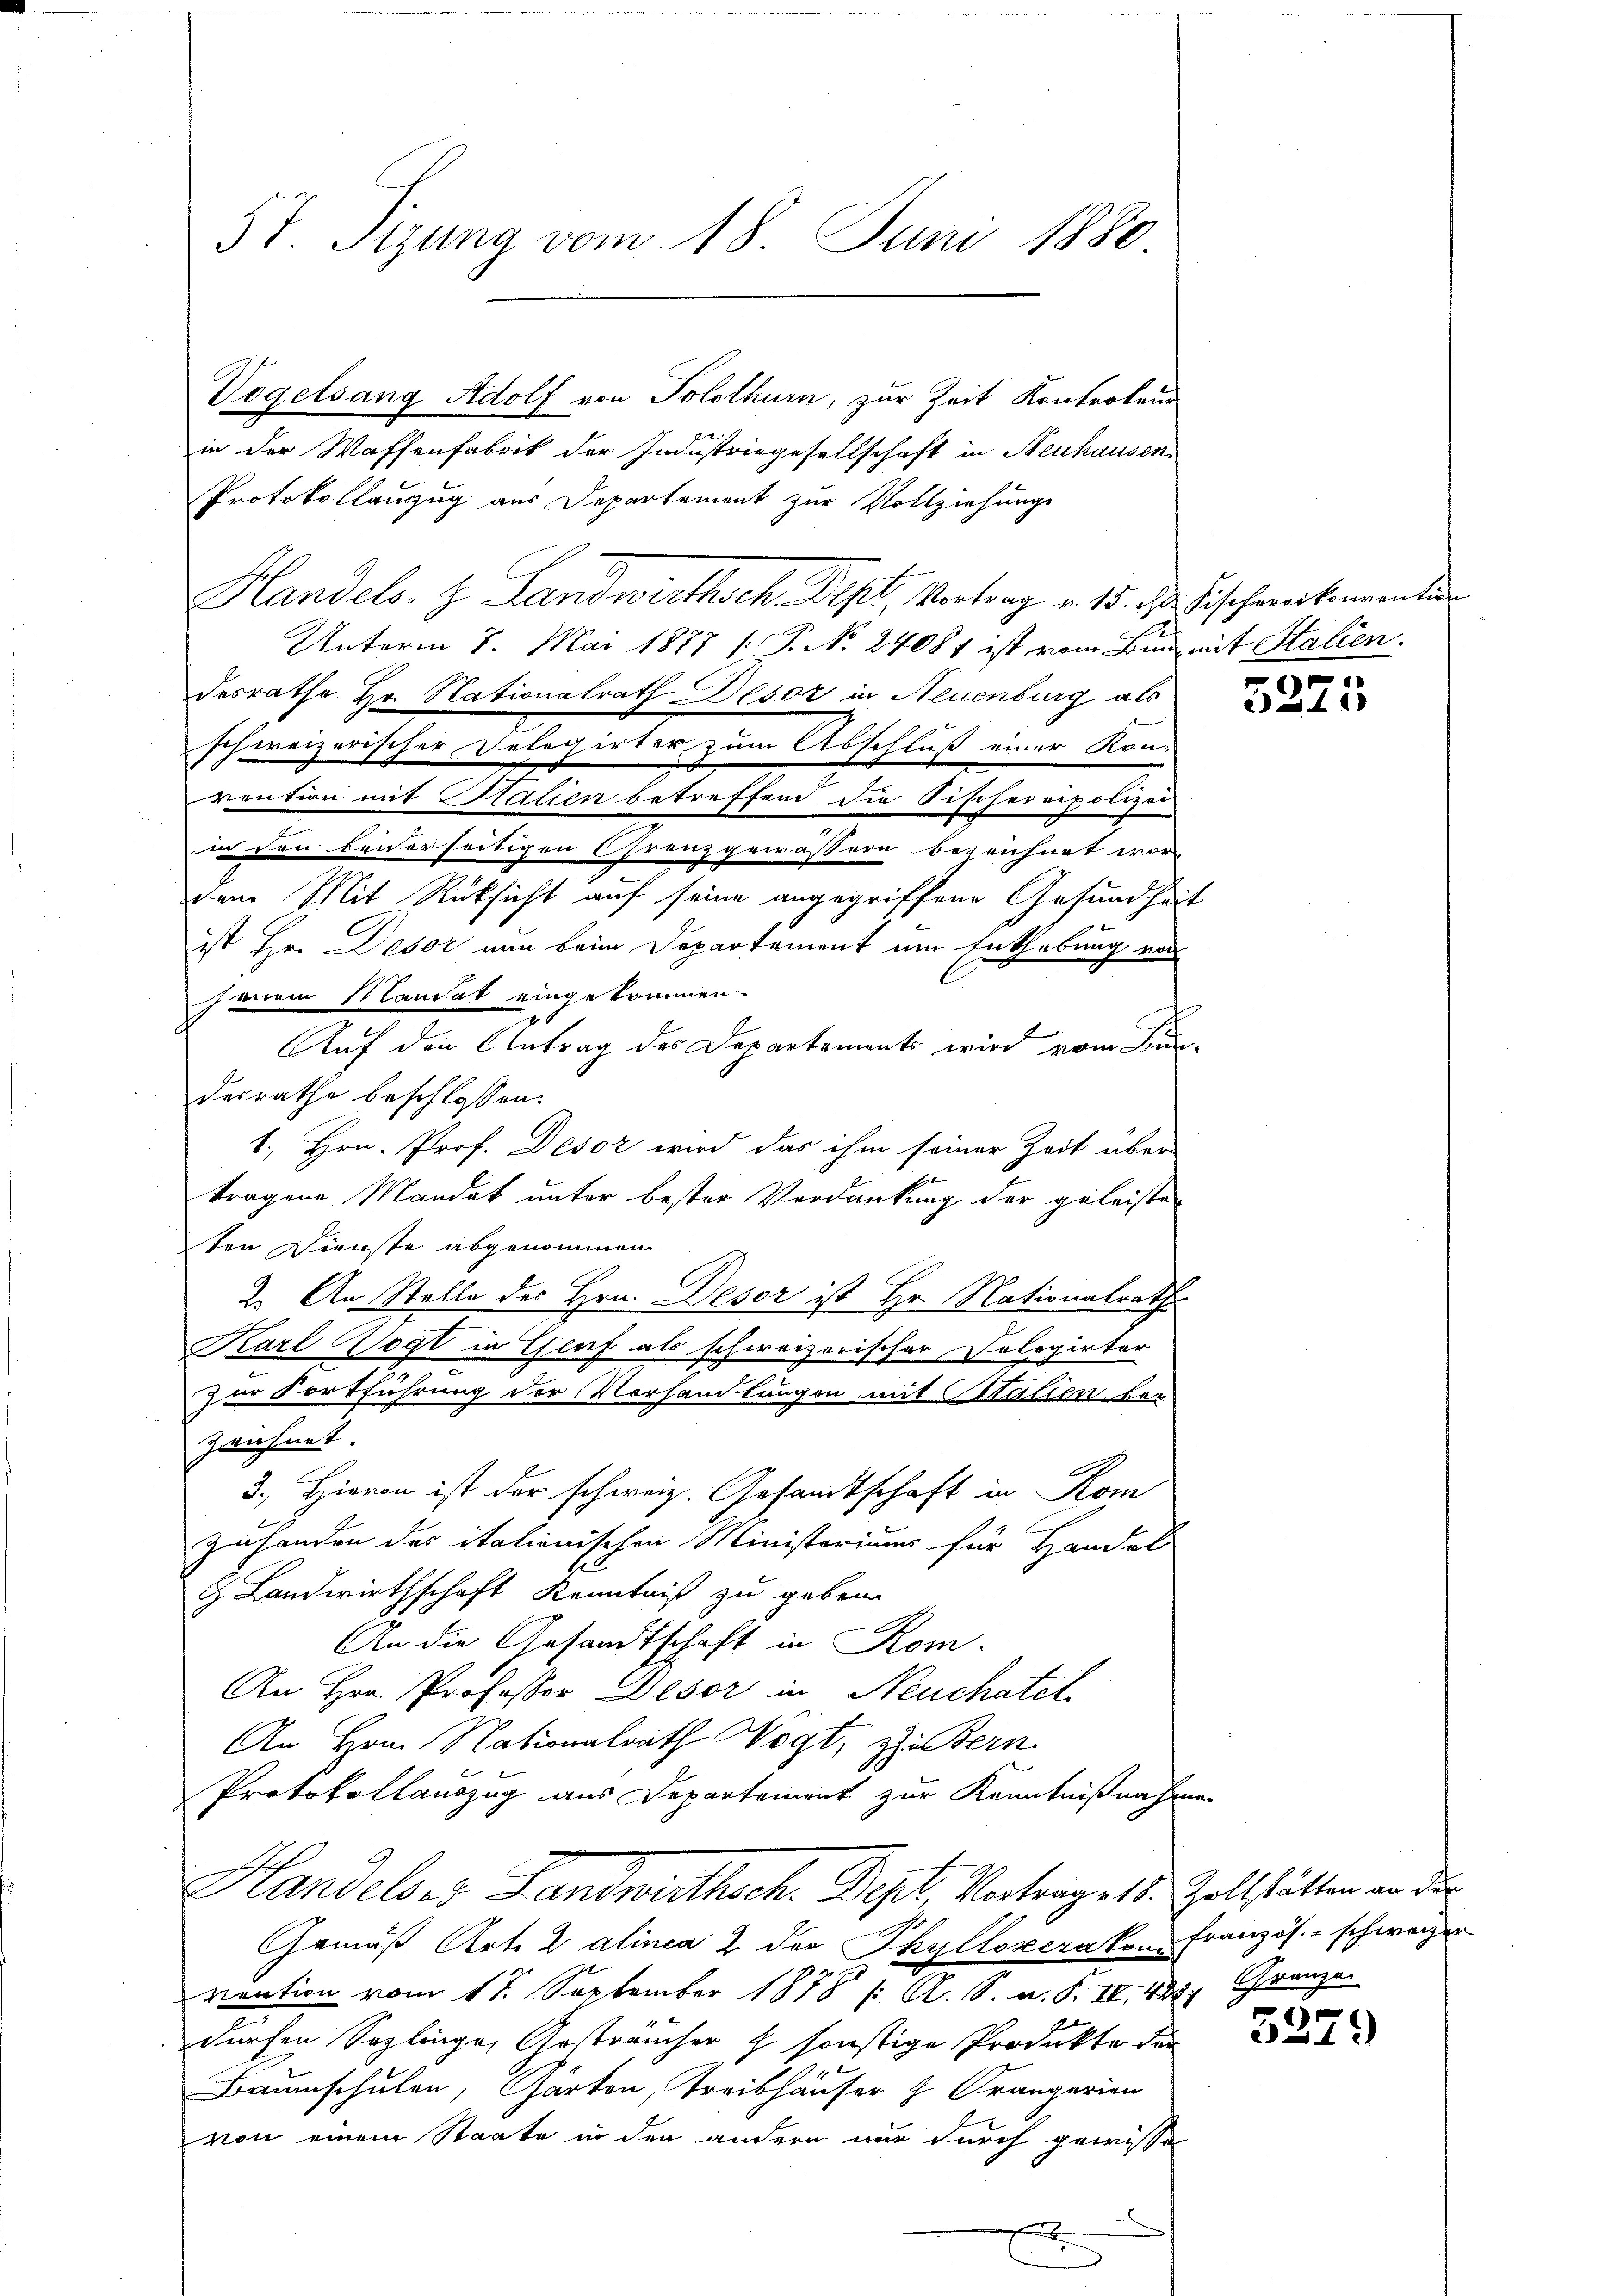
5t. Sizung vom 18. Juni 1880.

in der Waffenfabrik der Industriegesellschaft in Neuhausen
Protokollanzug aus Departement zur Vollziehungs
Handels- & Landwirthsch. Dept, Vortrag v. 15. d. Fischereikommenten
Unterm 8. Mai 1877 (T. No 24081 ist vom Bund mit Stalien.
desrathe Hr. Nationalrath Desor in Neuenburg als
schweizerischer Delegirter zum Abschluß einer Kon-
rention mit Stalien betreffend die Fischereipolizei
in den beiderseitigen Grenzgewässern bezeichnet wor-
dem Mit Rüksicht auf seine angegriffene Gesundheit
ist Hr. Deser nun beim Departement um Enthebung von
jenem Mandat eingekommen
Auf den Antrag des Departements wird vom Bundesrathe beschlossen:
1., Hrn. Prof. Desor wird das ihm seiner Zeit über
tragene Mandak unter bester Verdankung der geleiste-
ten Dienste abgenommen
2. An Stelle des Hrn. Deser ist Hr. Nationalrath
Karl Vogt in Glaf als schweizerischer Cologirter
zur Fortführung der Vorsamlungen mit Stalien von
zeichnet.
3. Hieron ist der schweiz. Gesandtschaft in Kom
Zuhanden des italienischen Ministeriums für Handel
 Landwirthschaft Kenntniß zu geben.
An die Gesandtschaft in Rom.
An Hrn. Professor Deser in Neuchatel
An Hrn. Nationalrath Wogt, zu Bern
Protokollauszug aus Departement zur Kenntnißnahme
Handelser Landwirthsch. Dept Vertrages s. Zollstätten an die
Gemäß Art. 2 alinea 2 der Phylloverakon Französ. - schweizer

vention vom 17. September 1818 / A. S. n. F. IV 495. Grenzen
dürfen Soplinge, Gesträucher h. sonstige Produkte der
Baumschulen, Garten, Treibhauser z Prangerien
von einem Staate in den andern nur durch gewisse
f

Vogelsang Adolf von Solothurn, zur Zeit Kontroleur

5223

3229